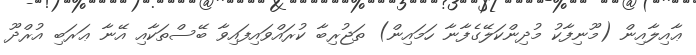
ޢާއިލާއިން (މޫނިފާކު މުދިންކަލޭގެފާނާ ހަމައިން) ތަޖުރިބާ ކުރައްވައިފައިވާ ބޭސްތަކާއި އޭނާ ޢަރަބި އުރްދޫ